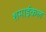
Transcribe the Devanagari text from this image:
शमाईकल